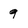
Character: 9